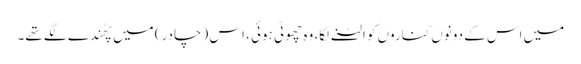
میں اس کے دونوں کناروں کو الٹنے لگا، وہ چھوٹی ہوئی ، اس (چادر) میں پھُندے لگے تھے۔